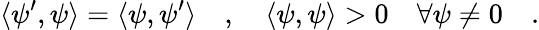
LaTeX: \langle\psi^{\prime},\psi\rangle=\langle\psi,\psi^{\prime}\rangle\quad,\quad\langle\psi,\psi\rangle>0\quad\forall\psi\neq 0\quad.